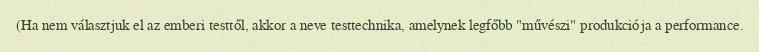
(Ha nem választjuk el az emberi testtől, akkor a neve testtechnika, amelynek legfőbb "művészi" produkciója a performance.